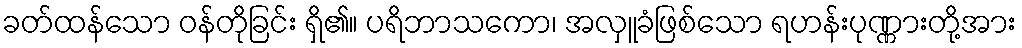
ခတ်ထန်သော ဝန်တိုခြင်း ရှိ၏။ ပရိဘာသကော၊ အလှူခံဖြစ်သော ရဟန်းပုဏ္ဏားတို့အား